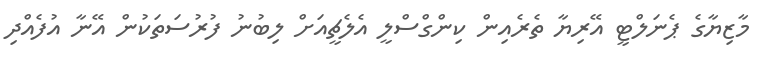
މާޒިޔާގެ ޕެނަލްޓީ އޭރިޔާ ތެރެއިން ކިންގްސްލީ އެލެޗީއަށް ލިބުނު ފުރުސަތަކުން އޭނާ އުފެއްދި